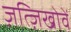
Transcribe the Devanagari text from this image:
ज़त्ज़िखोवें